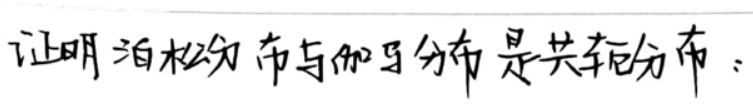
证明泊松分布与伽马分布是共轭分布。